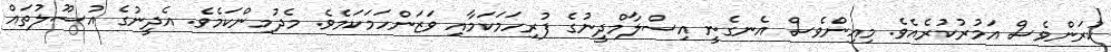
ކުރަންވެސް އަމުރުކުރެއެވެ. މިއިންވެސް އެނގެނީ އިސްލާމްދީނުގެ ފުރިހަމަކަމާއި ވަޒަންހަމަކަމެވެ. މެދުމިންކަމެވެ. އެދީނުގެ އުސޫލުތައް